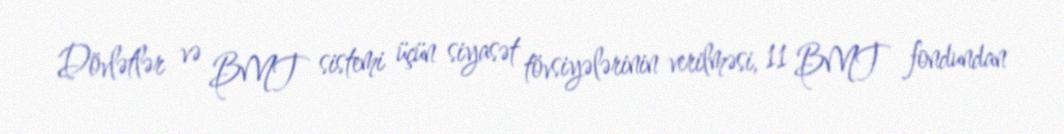
Dövlətlər və BMT sistemi üçün siyasət tövsiyələrinin verilməsi, 11 BMT fondundan